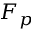
F _ { p }